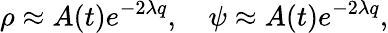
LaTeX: \rho\approx A(t)e^{-2\lambda q},~~~~\psi\approx A(t)e^{-2\lambda q},